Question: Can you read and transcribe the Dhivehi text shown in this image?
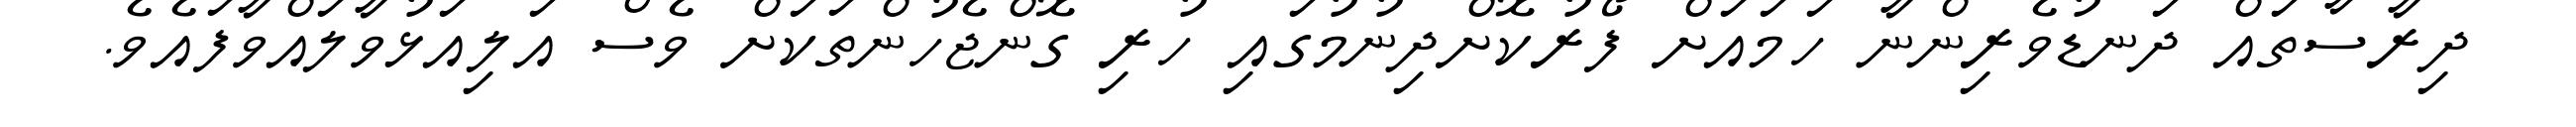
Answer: ދިރާސާތައް ދަނޑުވެރިންނާ ހަމައަށް ފޯރުކޮށްދިނުމުގައި ހުރި ގޮންޖެހުންތަކަށް ވެސް އަލިއަޅުވާލައްވާފައެވެ.